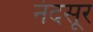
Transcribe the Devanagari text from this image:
नंदसूर